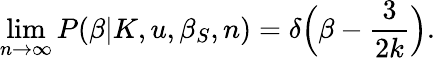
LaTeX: \operatorname*{lim}_{n\rightarrow\infty}P(\beta|K,u,\beta_{S},n)=\delta\Big(\beta-\frac{3}{2k}\Big).